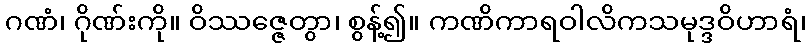
ဂဏံ၊ ဂိုဏ်းကို။ ဝိဿဇ္ဇေတွာ၊ စွန့်၍။ ကဏိကာရဝါလိကသမုဒ္ဒဝိဟာရံ၊